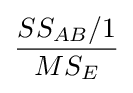
{\frac {SS_{AB}/1}{MS_{E}}}